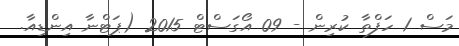
މަސް 1 ހަފްތާ ކުރިން - 09 އޯގަސްޓް 2015 (ޕަޓްނާ އިންޑިއާ.